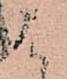
は